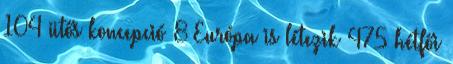
104 ütős koncepció 8 Európa is létezik 475 hétfői